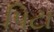
પિટા